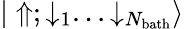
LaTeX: {|\Uparrow;\downarrow_{1}...\downarrow_{N_{\mathrm{bath}}}\rangle}